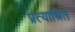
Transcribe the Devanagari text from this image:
प्रत्याश्रित